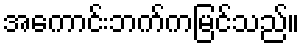
အကောင်းဘက်ကမြင်သည်။